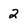
Character: 2